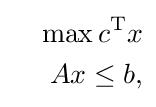
{\begin{aligned}&&\max c^{\mathrm {T} }x\\&&Ax\leq b,\end{aligned}}